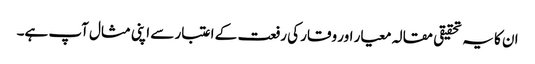
ان کا یہ تحقیقی مقالہ معیار اور وقار کی رفعت کے اعتبار سے اپنی مثال آپ ہے۔